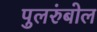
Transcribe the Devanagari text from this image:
पुलरुंबोल